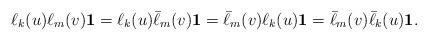
LaTeX: \begin{align*}\ell_k(u)\ell_m(v)\textbf{1}=\ell_k(u)\bar{\ell}_m(v)\textbf{1}=\bar{\ell}_m(v)\ell_k(u)\textbf{1}=\bar{\ell}_m(v)\bar{\ell}_k(u)\textbf{1}.\end{align*}